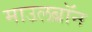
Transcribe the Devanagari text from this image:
माउलब्रॉन